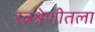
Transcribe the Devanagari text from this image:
रत्नश्रेणीतला